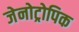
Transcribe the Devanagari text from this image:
जेनोट्रोपिक